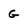
Character: g